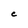
Character: C